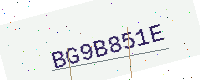
Text: BG9B851E